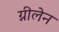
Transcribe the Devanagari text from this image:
ग्नीलेन